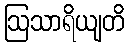
ဩသာရိယျတိ